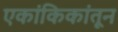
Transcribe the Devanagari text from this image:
एकांकिकांतून